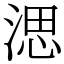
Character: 㴓